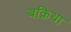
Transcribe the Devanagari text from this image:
बक़िया